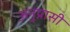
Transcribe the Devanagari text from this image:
अनुप्रासी